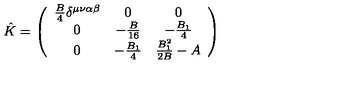
\hat { K } = \left( \begin{array} { c c c } { \frac { B } { 4 } \delta ^ { \mu \nu \alpha \beta } } & { 0 } & { 0 } \\ { 0 } & { - \frac { B } { 1 6 } } & { - \frac { B _ { 1 } } { 4 } } \\ { 0 } & { - \frac { B _ { 1 } } { 4 } } & { \frac { B _ { 1 } ^ { 2 } } { 2 B } - A } \\ \end{array} \right)